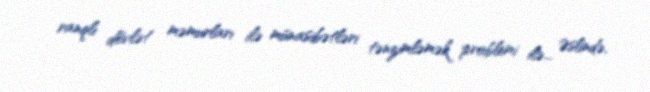
ranqlı dövlət məmurları ilə münasibətləri tənzimləmək problemi ilə... Əslində,